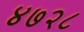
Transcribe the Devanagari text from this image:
४७२८